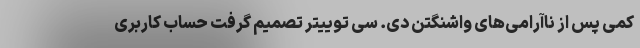
کمی پس از ناآرامی‌های واشنگتن دی. سی توییتر تصمیم گرفت حساب کاربری